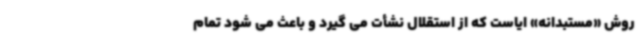
روش «مستبدانه» ایاست که از استقلال نشأت می گیرد و باعث می شود تمام